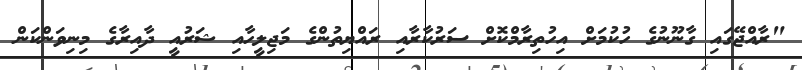
"ރާއްޖޭގައި ގާނޫނުގެ ހުކުމަށް އިހުތިރާމްކޮށް ސަރުކާރާއި ރައްޔިތުންގެ މަޖިލީހާއި ޝަރުއީ ދާއިރާގެ މިނިވަންކަން